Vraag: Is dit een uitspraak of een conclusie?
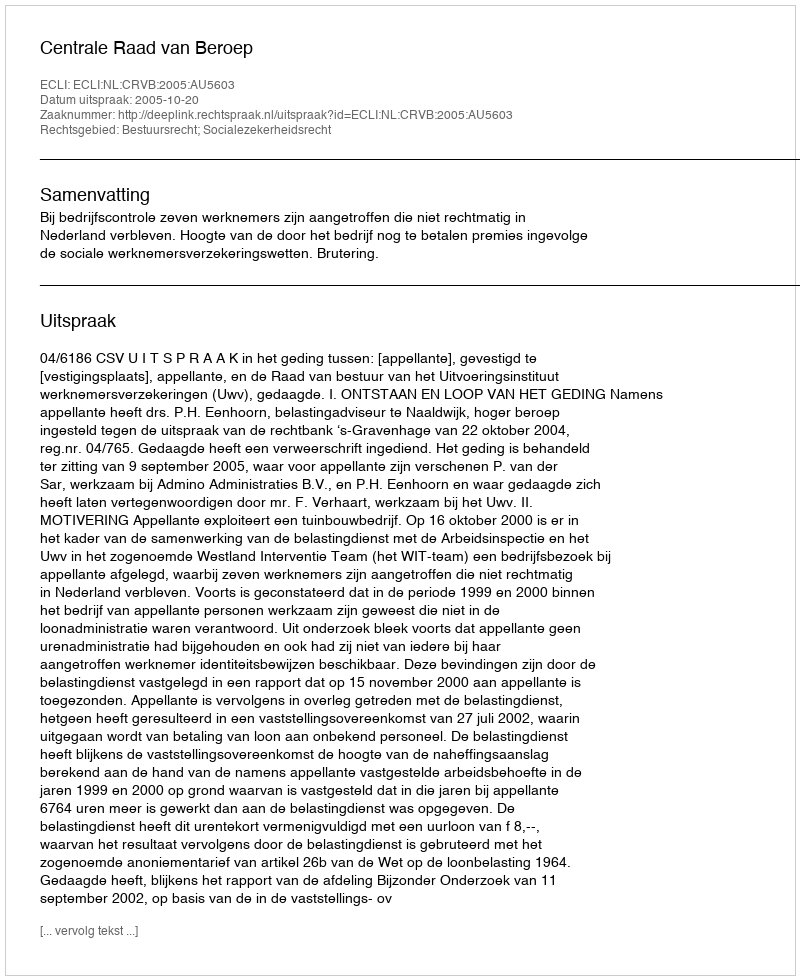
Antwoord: Uitspraak